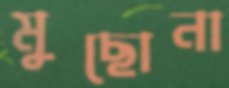
মুছোনা